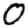
Digit: 0